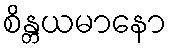
စိန္တယမာနော